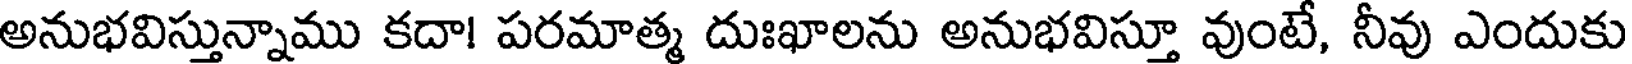
అనుభవిస్తున్నాము కదా! పరమాత్మ దుఃఖాలను అనుభవిస్తూ వుంటే, నీవు ఎందుకు